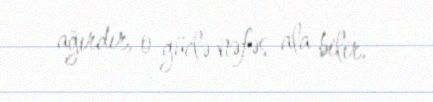
ağırdır, o güclə nəfəs ala bilir.